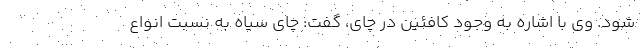
شود. وی با اشاره به وجود کافئین در چای، گفت: چای سیاه به نسبت انواع